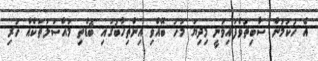
އެ ހުކުމުން ސާބިތުވެފައިވަނީ މިދިޔަ މަހު ބޭއްވި އިންތިޚާބުގައި ބޮޑެތި މައްސަލަތަކެއް ހުރި